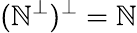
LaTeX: (\mathbb{N}^{\bot})^{\bot}=\mathbb{N}